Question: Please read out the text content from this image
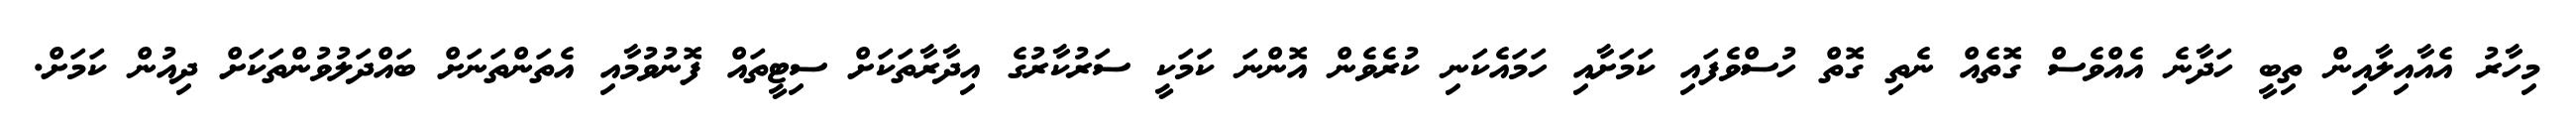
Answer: މިހާރު އެއާއިލާއިން ތިބީ ހަދާނެ އެއްވެސް ގޮތެއް ނެތި ގޮތް ހުސްވެފައި ކަމަށާއި ހަމައެކަނި ކުރެވެން އޮންނަ ކަމަކީ ސަރުކާރުގެ އިދާރާތަކަށް ސިޓީތައް ފޮނުވުމާއި އެތަންތަނަށް ބައްދަލުވުންތަކަށް ދިއުން ކަމަށް.